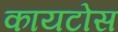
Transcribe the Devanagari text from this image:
कायटोस